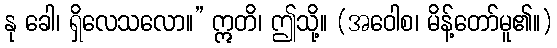
နု ခေါ၊ ရှိလေသလော။” ဣတိ၊ ဤသို့။ (အဝေါစ၊ မိန့်တော်မူ၏။)